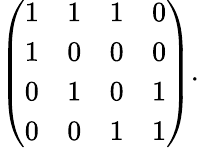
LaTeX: {\left(\begin{array}{llll}{1}&{1}&{1}&{0}\\ {1}&{0}&{0}&{0}\\ {0}&{1}&{0}&{1}\\ {0}&{0}&{1}&{1}\end{array}\right)}.